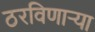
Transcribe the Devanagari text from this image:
ठरविणार्‍या